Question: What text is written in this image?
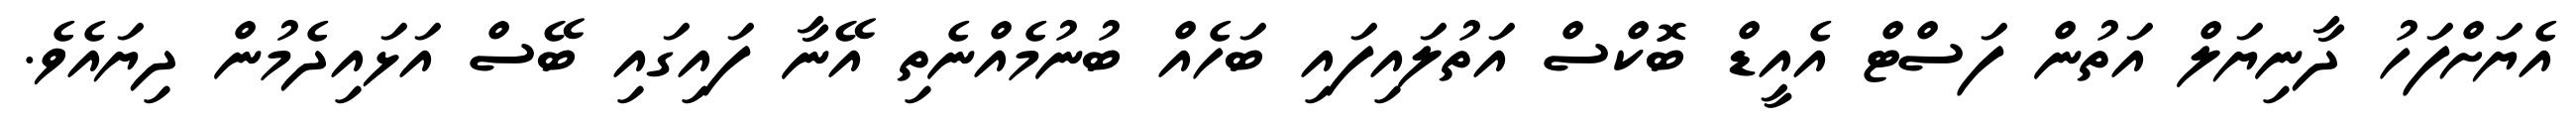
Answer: އެޔަށްފަހު ދާނިޔަލް އަތުން ފަސްޓް އެއީޑް ބޮކްސް އަތުލައިފައި ބަހެއް ބުނުމެއްނެތި އޭނާ ފައިގައި ބޭސް އަޅައިދެމުން ދިޔައެވެ.